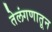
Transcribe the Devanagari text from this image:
तेलंगणातून